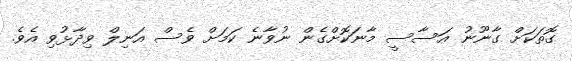
ގޮތަކަށް ގާނޫނު އަސާސީ މާނަކޮށްގެން ނުވާނެ ކަމަށް ވެސް އަނިލް ވިދާޅުވި އެވެ.